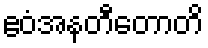
ဧဝံအနတီတောတိ